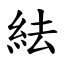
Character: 紶